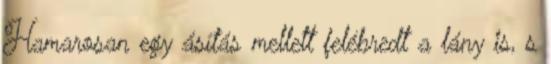
Hamarosan egy ásítás mellett felébredt a lány is, s